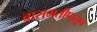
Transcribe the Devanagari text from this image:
बारामतीपासून